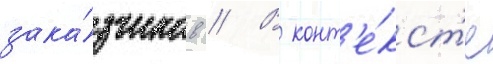
зака́зчиков // В конт'е́кст'е